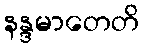
နန္ဒမာတေတိ